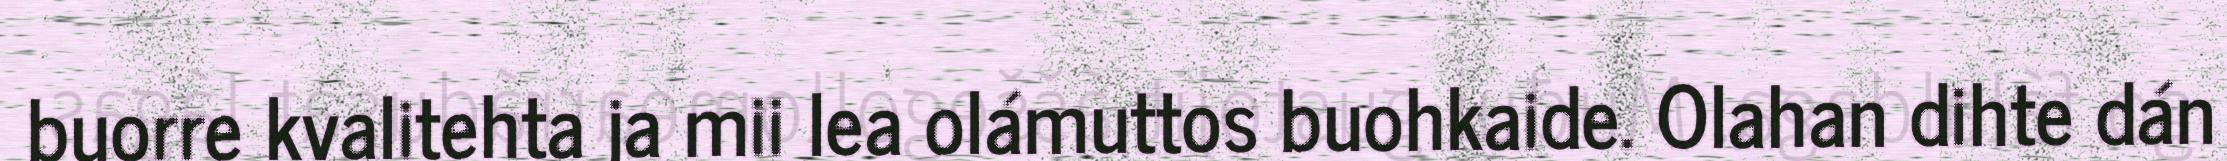
buorre kvalitehta ja mii lea olámuttos buohkaide. Olahan dihte dán